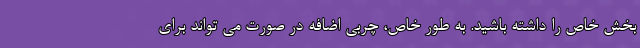
بخش خاص را داشته باشید. به طور خاص، چربی اضافه در صورت می تواند برای